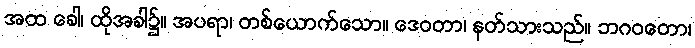
အထ ခေါ၊ ထိုအခါ၌။ အပရာ၊ တစ်ယောက်သော။ ဒေဝတာ၊ နတ်သားသည်။ ဘဂဝတော၊